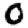
Digit: 0